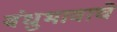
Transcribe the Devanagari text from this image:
बंधुभावाचे